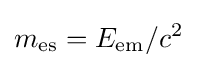
m_{\mathrm {es} }=E_{\mathrm {em} }/c^{2}